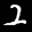
Label: 2